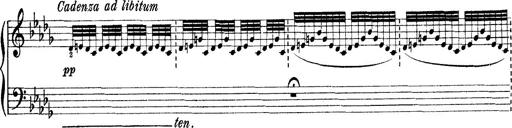
Title: Rapsodie: 19 ungheresi, 1 spagnuola
Composer: Franz Liszt